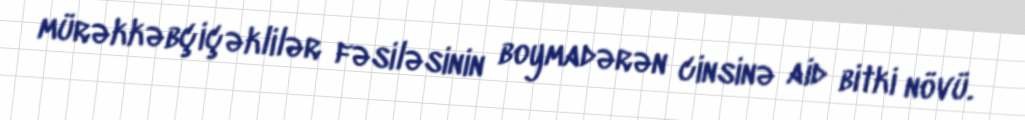
mürəkkəbçiçəklilər fəsiləsinin boymadərən cinsinə aid bitki növü.